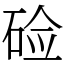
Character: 硷